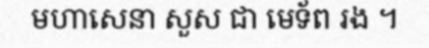
មហាសេនា សួស ជា មេទ័ព រង ។